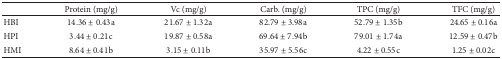
<table><thead><tr><td><b> </b></td><td><b>Protein (mg/g)</b></td><td><b>Vc (mg/g)</b></td><td><b>Carb. (mg/g)</b></td><td><b>TPC (mg/g)</b></td><td><b>TFC (mg/g)</b></td></tr></thead><tbody><tr><td>HBI</td><td>14.36 ± 0.43a</td><td>21.67 ± 1.32a</td><td>82.79 ± 3.98a</td><td>52.79 ± 1.35b</td><td>24.65 ± 0.16a</td></tr><tr><td>HPI</td><td>3.44 ± 0.21c</td><td>19.87 ± 0.58a</td><td>69.64 ± 7.94b</td><td>79.01 ± 1.74a</td><td>12.59 ± 0.47b</td></tr><tr><td>HMI</td><td>8.64 ± 0.41b</td><td>3.15 ± 0.11b</td><td>35.97 ± 5.56c</td><td>4.22 ± 0.55c</td><td>1.25 ± 0.02c</td></tr></tbody></table>